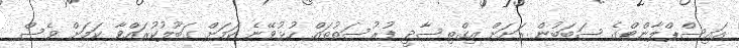
އައިސްޕްލާންޓްގެ ސަބަބުން ރަށަށް އިގްތިސާދީ ފުރުސަތުތައް ހުޅުވޭނެ ކަަމަށް ގަބޫލުކުރައްވާ ކަމަށް ވެސް